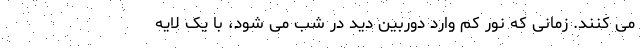
می کنند. زمانی که نور کم وارد دوربین دید در شب می شود، با یک لایه